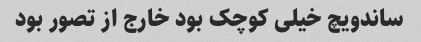
ساندویچ خیلی کوچک بود خارج از تصور بود